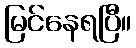
မြင်နေရပြီ။